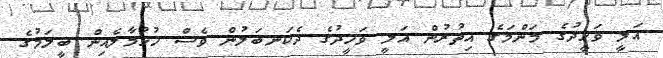
އަލީ ވަހީދުގެ މަންމަގެ އިތުރުން އަލީ ވަހީދުގެ ދެކަނބަލުން ވެސް ހުޅުމާލެއިން ބީލަމުގެ